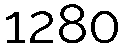
1280